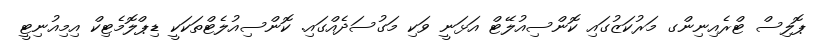
ޕޮލިސް ޓްރެއިނިންގ މަރުކަޒުގައި ކޮންސިއުލޭޓް އަޅަނީ ވަކި މަގުސަދެއްގައި. ކޮންސިއުލެޓްތަކަކީ ޑިޕްލޮމެޓިކް އިމިއުނިޓީ